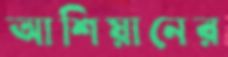
আশিয়ানের